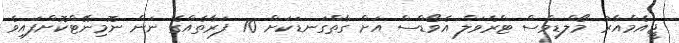
ޖީއެމްއާރު މޯލްޑިވްސް ޓްރެވަލް އެވޯޑްސް އަށް ގާތްގަނޑަކަށް 70 ފަރާތެއްގެ ނަން ނޮމިނޭޓްކޮށްފައިވެ